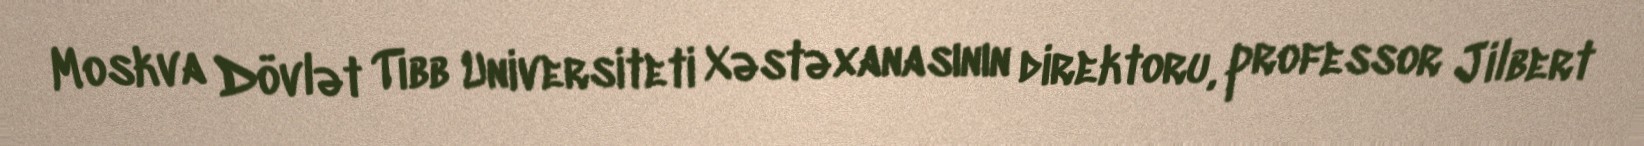
Moskva Dövlət Tibb Universiteti Xəstəxanasının direktoru, professor Jilbert